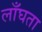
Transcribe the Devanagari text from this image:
लाँघता